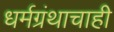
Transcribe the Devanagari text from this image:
धर्मग्रंथाचाही